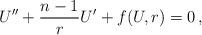
LaTeX: \begin{align*} U''+\frac{n-1}{r} U'+ f(U,r)=0 \, ,\end{align*}